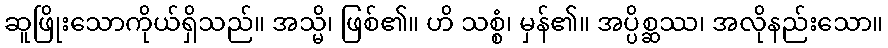
ဆူဖြိုးသောကိုယ်ရှိသည်။ အသ္မိ၊ ဖြစ်၏။ ဟိ သစ္စံ၊ မှန်၏။ အပ္ပိစ္ဆဿ၊ အလိုနည်းသော။